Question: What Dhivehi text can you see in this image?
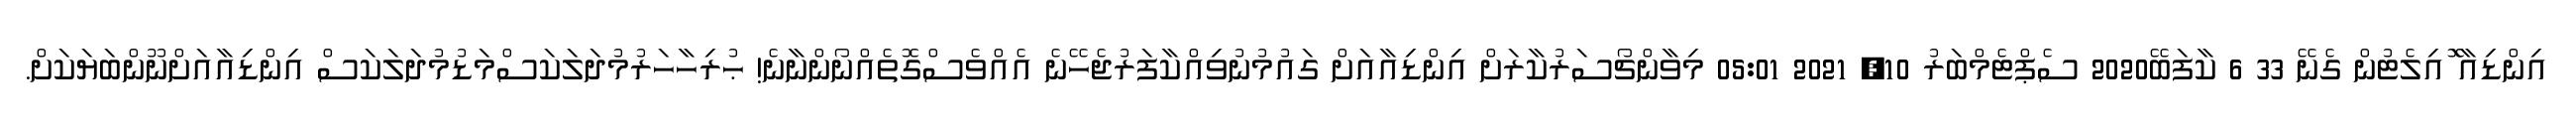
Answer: އިންޑިއާ ޮައިލެޓުން ގެނޭ 33 6 ކާފަބޭ2020 ސެޕްޓެމްބަރު 10, 2021 05:01 މިވާންޗޯސަރުކާރަށް އިންޑިއާއަށް ގައުމުނުވިއްކާފަރުޖެހޭނެ އެއްވެސްގޮތެއްނޯންނާނެ! ޙުރިހާހަރުމުދަލަކަސްމަޑުމުދަލަކަސް އިންޑިއާއަށްނޫންބަޔަކަށް.